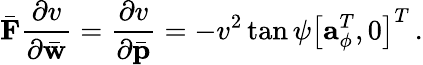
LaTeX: \bar{\mathbf F}\frac{\partial v}{\partial\bar{\mathbf w}}=\frac{\partial v}{\partial\bar{\mathbf p}}=-v^{2}\tan\psi\left[{\mathbf a}_{\phi}^{T},0\right]^{T}\, .